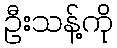
ဦးသန့်ကို